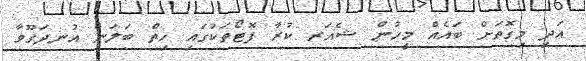
އަދި މިގޮތަށް ބައެއް މީހުން ޝެއަރ ކުރާ ފޮޓޯތަކުގައި ހިތް ބަލަން އުނދަގޫވާ